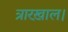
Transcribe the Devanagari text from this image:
त्रारख़ाल।